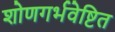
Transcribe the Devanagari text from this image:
शोणगर्भवेष्टित